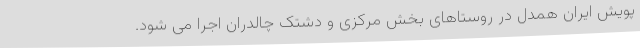
پویش ایران همدل در روستاهای بخش مرکزی و دشتک چالدران اجرا می شود.